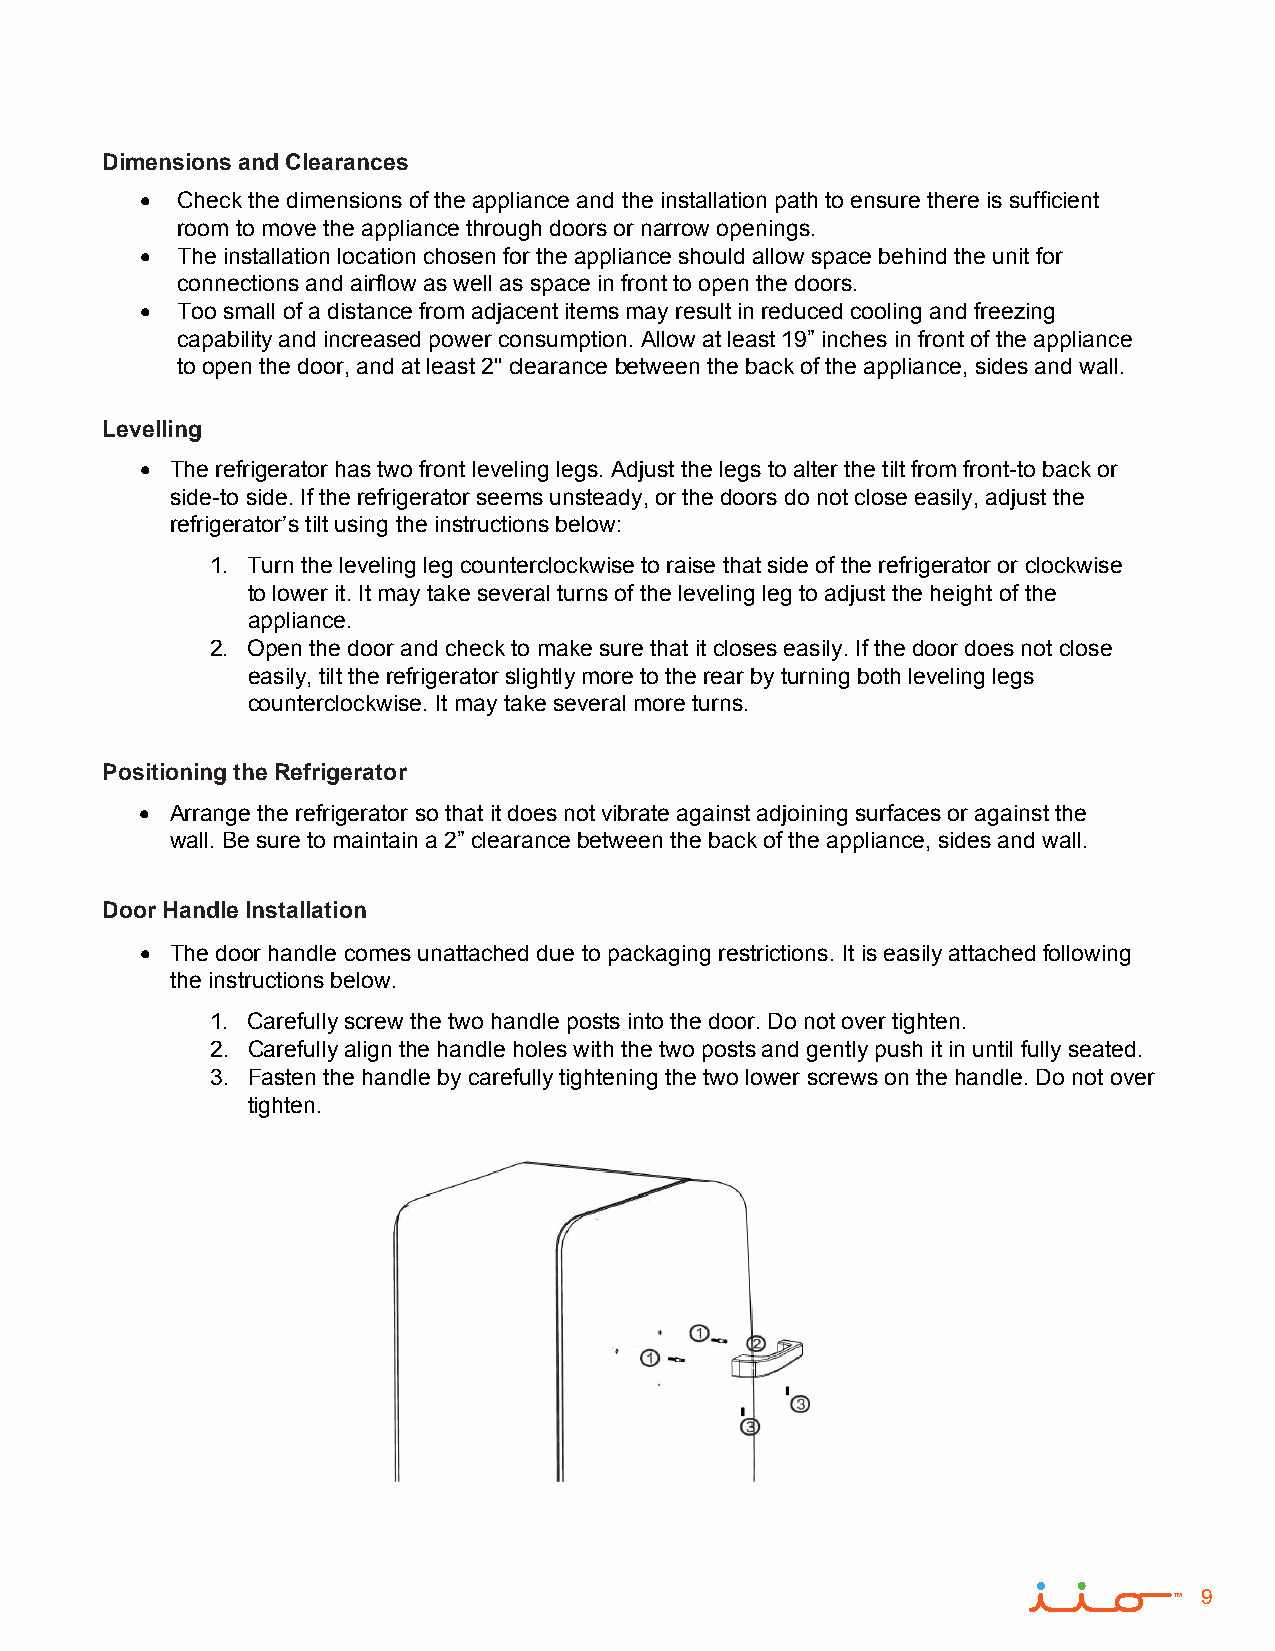
Dimensions and Clearances
   Check the dimensions of the appliance and the installation path to ensure there is sufficient
 room to move the appliance through doors or narrow openings.
   The installation location chosen for the appliance should allow space behind the unit for
 connections and airflow as well as space in front to open the doors.
   Too small of a distance from adjacent items may result in reduced cooling and freezing
 capability and increased power consumption. Allow at least 19” inches in front of the appliance
 to open the door, and at least 2" clearance between the back of the appliance, sides and wall.
 Levelling
 • The refrigerator has two front leveling legs. Adjust the legs to alter the tilt from front-to back or
 side-to side. If the refrigerator seems unsteady, or the doors do not close easily, adjust the
 refrigerator’s tilt using the instructions below:
 1. Turn the leveling leg counterclockwise to raise that side of the refrigerator or clockwise
 to lower it. It may take several turns of the leveling leg to adjust the height of the
 appliance.
 2. Open the door and check to make sure that it closes easily. If the door does not close
 easily, tilt the refrigerator slightly more to the rear by turning both leveling legs
 counterclockwise. It may take several more turns.
 Positioning the Refrigerator
 • Arrange the refrigerator so that it does not vibrate against adjoining surfaces or against the
 wall. Be sure to maintain a 2” clearance between the back of the appliance, sides and wall.
 Door Handle Installation
 • The door handle comes unattached due to packaging restrictions. It is easily attached following
 the instructions below.
 1. Carefully screw the two handle posts into the door. Do not over tighten.
 2. Carefully align the handle holes with the two posts and gently push it in until fully seated.
 3. Fasten the handle by carefully tightening the two lower screws on the handle. Do not over
 tighten.
 9